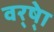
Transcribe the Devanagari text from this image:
वर्ष्‍ेा